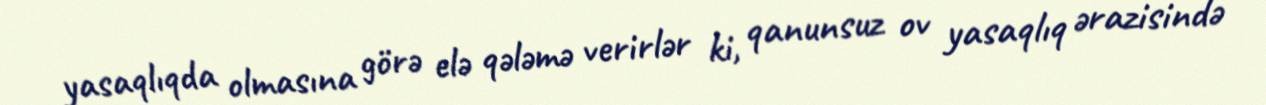
yasaqlıqda olmasına görə elə qələmə verirlər ki, qanunsuz ov yasaqlıq ərazisində